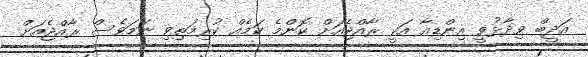
އަދީބް ވިދާޅުވީ އިންޑިއާ އަކީ ރާއްޖެއަށް ކޮންމެ ކަމެއް ކުރިމަތިވި ނަމަވެސް ރާއްޖެއަށް